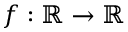
f : \mathbb { R } \rightarrow \mathbb { R }